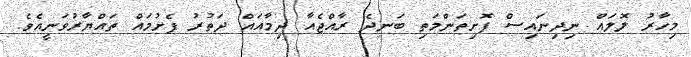
މިހާރު ލޮލައް ނިދިނައިސް ފޮށިތަންމަތި ބަނދެ ރާއްޖެއާ ދިމާއައް ދަތުރު ފެށުމައް ތައްޔާރުވަނީއެވެ.